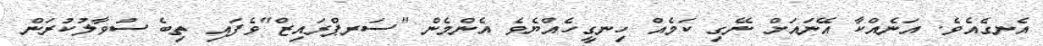
އެނގެއެވެ. އަނެއްކާ އޭނައަށް ނޭގި ކަމެއް ހިނގީހެއްޔެވެ އެންމެން "ސަރޕްރައިޒް"ވެފައި ތިބެ ސުވާލުކުރަން